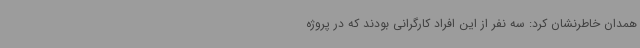
همدان خاطرنشان کرد: سه نفر از این افراد کارگرانی بودند که در پروژه